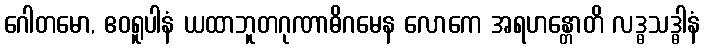
ဂေါတမော, ဧဝရူပါနံ ယထာဘူတဂုဏာဓိဂမေန လောကေ အရဟန္တောတိ လဒ္ဓသဒ္ဓါနံ